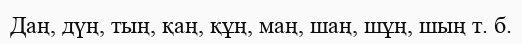
Даң, дүң, тың, қаң, құң, маң, шаң, шұң, шың т. б.